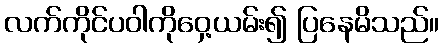
လက်ကိုင်ပဝါကိုဝှေ့ယမ်း၍ ပြနေမိသည်။